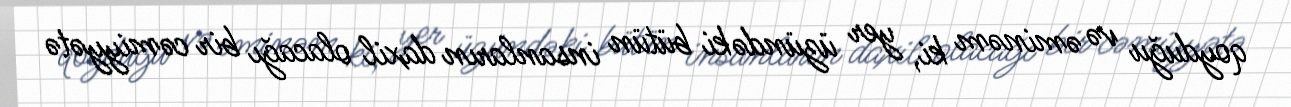
qoyduğu və əminəm ki, yer üzündəki bütün insanların daxil olacağı bir cəmiyyətə